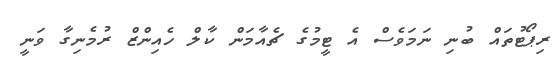
ރިޕޯޓުތައް ބުނި ނަމަވެސް އެ ޓީމުގެ ޗެއާމަން ކާލް ހެއިންޒް ރުމެނިގާ ވަނީ